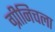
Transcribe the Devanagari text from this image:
ग्रीनिचला